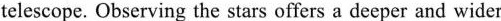
telescope. Observing the stars offers a deeper and wider